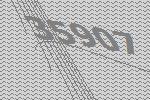
35907